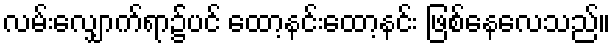
လမ်းလျှောက်ရာ၌ပင် ထော့နင်းထော့နင်း ဖြစ်နေလေသည်။